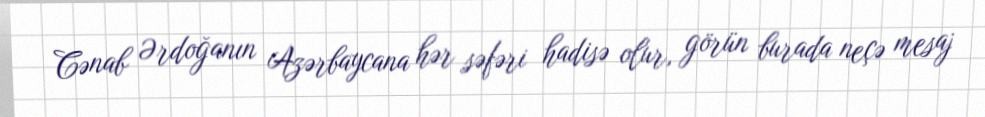
Cənab Ərdoğanın Azərbaycana hər səfəri hadisə olur, görün burada neçə mesaj